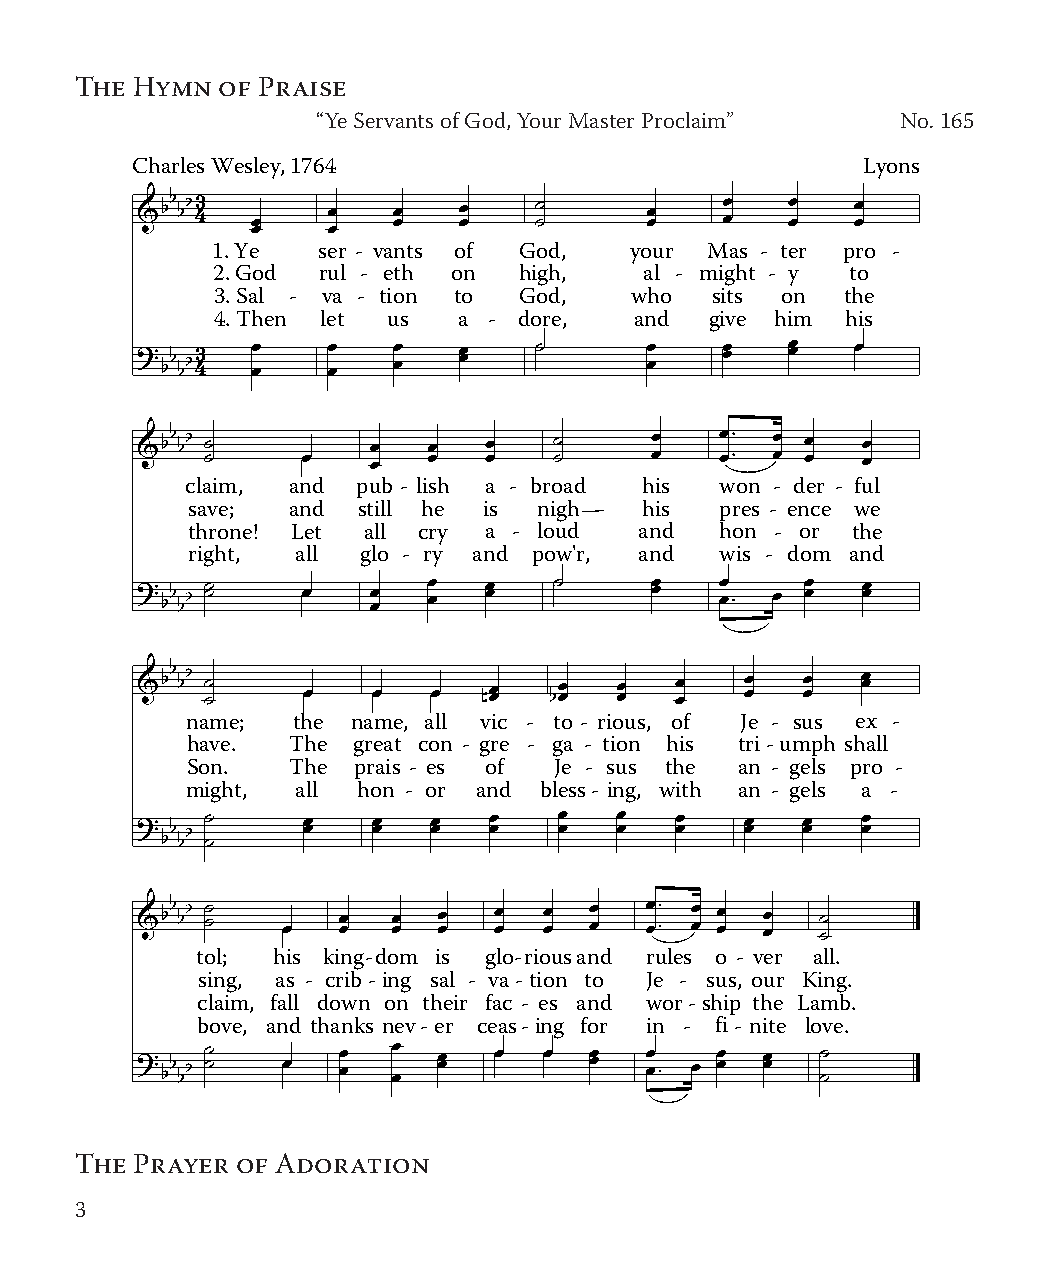
The Hymn  of Praise
 “Ye Servants of God, Your Master Proclaim” No. 165
 Charles Wesley, 1764                            Lyons
 1. Ye  ser - vants of God,  your Mas - ter pro -
 2. God rul - eth on high,    al - might - y to
 3. Sal - va - tion to God,  who  sits on  the
 4. Then let us  a - dore,   and  give him his
 claim, and  pub - lish a - broad his won - der - ful
 save;  and  still he is nigh   his  pres - ence we
 throne! Let all cry a - loud  and   hon - or the
 right,  all glo - ry and pow'r, and wis - dom and
 name;  the name, all vic - to - rious, of Je - sus ex -
 have.  The great con - gre - ga - tion his tri-umph shall
 Son.   The prais - es of Je - sus the an - gels pro -
 might,  all hon - or and bless- ing, with an - gels a -
 tol; his king-dom is glo-riousand rules o - ver all.
 sing, as - crib-ing sal - va-tion to Je - sus, our King.
 claim, fall down on their fac - es and wor-ship the Lamb.
 bove, and thanks nev-er ceas-ing for in - fi - nite love.
 The Prayer of Adoration
 3